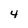
Character: 4